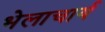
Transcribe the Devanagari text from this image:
भेलाचार्य